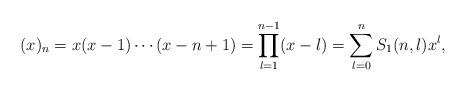
LaTeX: \begin{align*}(x)_n = x(x-1)\cdots(x-n+1) = \prod_{l=1}^{n-1} (x-l) = \sum_{l=0}^n S_1(n,l) x^l,\end{align*}